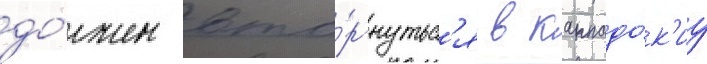
до́лжен вто́ргнутьс'я в каппадо́к'иу